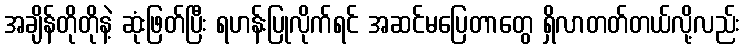
အချိန်တိုတိုနဲ့ ဆုံးဖြတ်ပြီး ရဟန်းပြုလိုက်ရင် အဆင်မပြေတာတွေ ရှိလာတတ်တယ်လို့လည်း